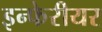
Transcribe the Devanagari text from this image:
इन्फेरीयर